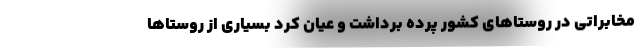
مخابراتی در روستاهای کشور پرده برداشت و عیان کرد بسیاری از روستاها